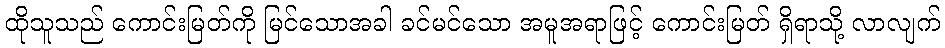
ထိုသူသည် ကောင်းမြတ်ကို မြင်သောအခါ ခင်မင်သော အမူအရာဖြင့် ကောင်းမြတ် ရှိရာသို့ လာလျက်